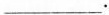
___.